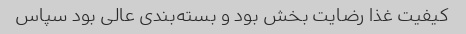
کیفیت غذا رضایت بخش بود و بسته‌بندی عالی بود سپاس